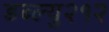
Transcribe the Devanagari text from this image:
डब्ल्यु२१२